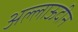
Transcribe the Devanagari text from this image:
अल्लाऊदीन